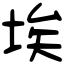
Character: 埃